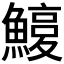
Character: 𩺽